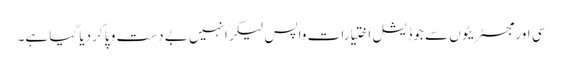
سی اور مجسٹریٹوں سے جوڈیشل اختیارات واپس لیکر انہیں بے دست و پا کر دیا گیا ہے۔